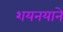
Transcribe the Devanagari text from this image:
शयनयाने